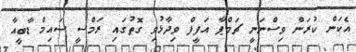
އެކަން ކުރަން ވިސްނަނީ ޗަމްޕާ އަފީފް ވިދާޅުވި ގޮތުގައި ރަމްސީ ސައިމް ޑާބީއާ